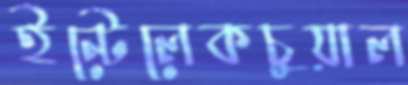
ইন্টেলেকচুয়াল